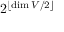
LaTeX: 2 ^ { \lfloor \dim V / 2 \rfloor }